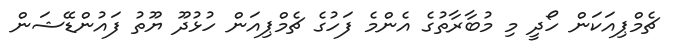
ޗެމްޕިއަކަން ހޯދީ މި މުބާރާތުގެ އެންމެ ފަހުގެ ޗެމްޕިއަން ހުޅުދޫ ޔޫތު ފައުންޑޭޝަން